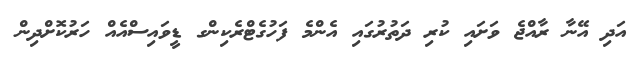
އަދި އޭނާ ރާއްޖެ ވަށައި ކުރި ދަތުރުގައި އެންމެ ފަހުގެޓްރެކިންގ ޑީވައިސްއެއް ހަރުކޮށްދިން